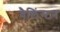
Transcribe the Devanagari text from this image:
वैलिंग्टन